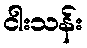
ငါးသန်း